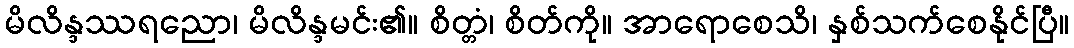
မိလိန္ဒဿရညော၊ မိလိန္ဒမင်း၏။ စိတ္တံ၊ စိတ်ကို။ အာရောစေသိ၊ နှစ်သက်စေနိုင်ပြီ။